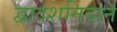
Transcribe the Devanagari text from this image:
द्वादशनिदान